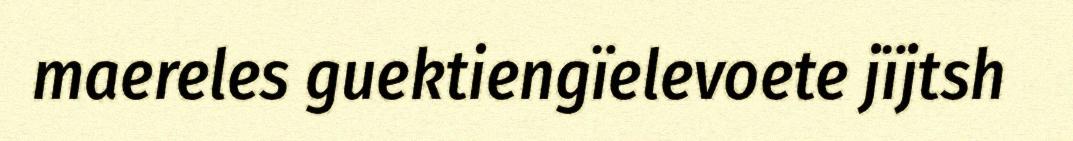
maereles guektiengïelevoete jïjtsh